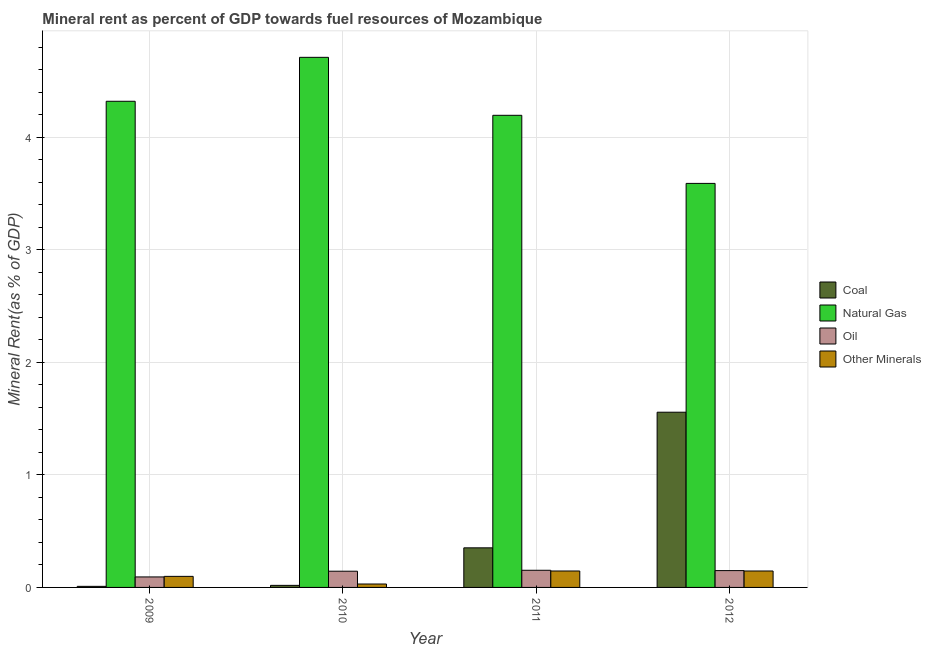
| Year | Coal | Natural Gas | Oil | Other Minerals |
 | --- | --- | --- | --- | --- |
 | 2009 | 0.00954 | 4.32 | 0.0932 | 0.0983 |
 | 2010 | 0.0183 | 4.71 | 0.144 | 0.0304 |
 | 2011 | 0.352 | 4.2 | 0.152 | 0.146 |
 | 2012 | 1.56 | 3.59 | 0.149 | 0.146 |